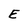
Character: E